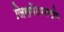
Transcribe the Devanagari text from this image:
जिसमेंउपलब्धि